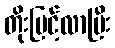
တိုးမြင့်လာပြီး